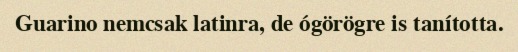
Guarino nemcsak latinra, de ógörögre is tanította.